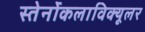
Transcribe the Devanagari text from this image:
स्तेर्नोकलाविक्यूलर